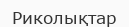
Риколықтар